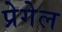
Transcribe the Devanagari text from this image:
प्रेगेल